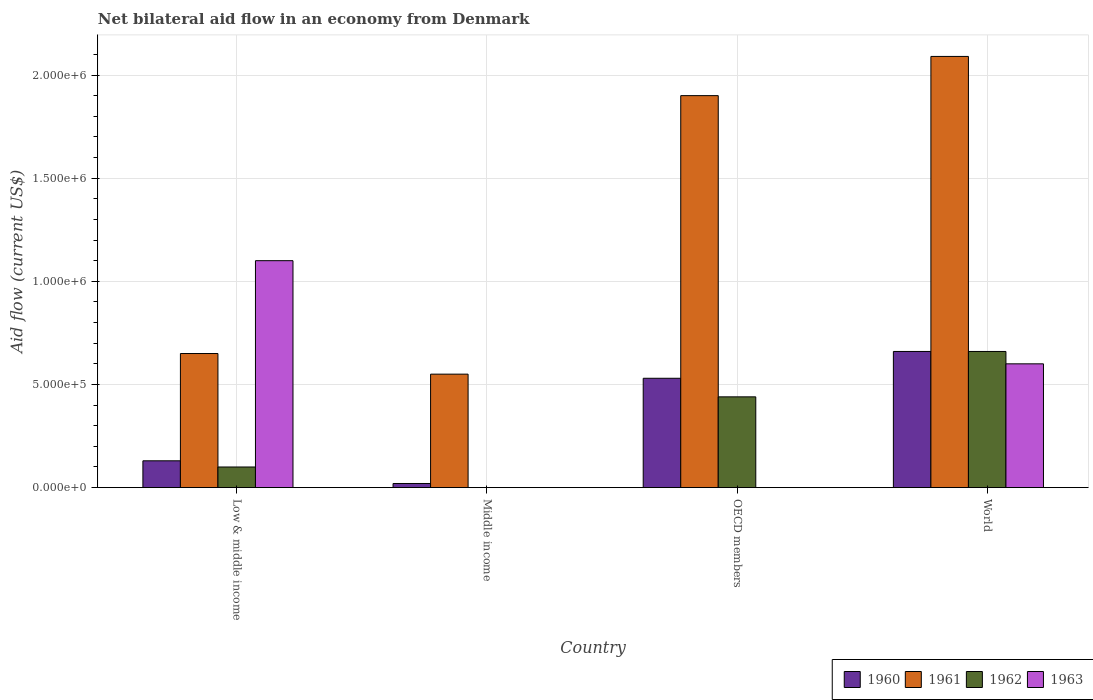
| Country | 1960 | 1961 | 1962 | 1963 |
 | --- | --- | --- | --- | --- |
 | Low & middle income | 1.3e+05 | 6.5e+05 | 1e+05 | 1.1e+06 |
 | Middle income | 2e+04 | 5.5e+05 | -1.2e+05 | -1e+05 |
 | OECD members | 5.3e+05 | 1.9e+06 | 4.4e+05 | -6e+05 |
 | World | 6.6e+05 | 2.09e+06 | 6.6e+05 | 6e+05 |